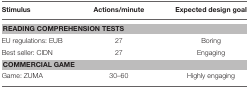
<table><thead><tr><td><b>Stimulus</b></td><td><b>Actions/minute</b></td><td><b>Expected design goal</b></td></tr></thead><tbody><tr><td colspan="3"><b>READING COMPREHENSION TESTS</b></td></tr><tr><td>EU regulations: EUB</td><td>27</td><td>Boring</td></tr><tr><td>Best seller: CIDN</td><td>27</td><td>Engaging</td></tr><tr><td colspan="3"><b>COMMERCIAL GAME</b></td></tr><tr><td>Game: ZUMA</td><td>30–60</td><td>Highly engaging</td></tr></tbody></table>